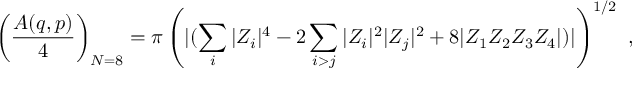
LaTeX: \left( { \frac { A ( q , p ) } { 4 } } \right) _ { N = 8 } = \pi \left( { | ( \sum _ { i } | Z _ { i } | ^ { 4 } - 2 \sum _ { i > j } | Z _ { i } | ^ { 2 } | Z _ { j } | ^ { 2 } + 8 | Z _ { 1 } Z _ { 2 } Z _ { 3 } Z _ { 4 } | } ) | \right) ^ { 1 / 2 } \ ,